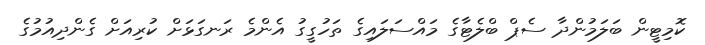
ކޮމިޓީން ބަލަމުންދާ ސެޕް ބްލެޓާގެ މައްސަލައިގެ ތަހުގީގު އެންމެ ރަނގަޅަށް ކުރިއަށް ގެންދިއުމުގެ